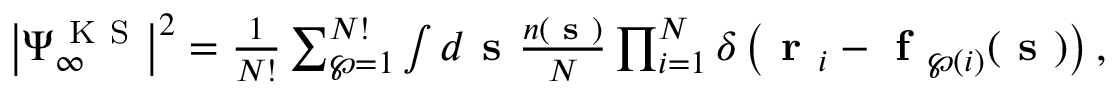
\begin{array} { r } { \big | \Psi _ { \infty } ^ { \mathrm { ~ K ~ S ~ } } \big | ^ { 2 } = \frac { 1 } { N ! } \sum _ { \wp = 1 } ^ { N ! } \int d \textbf { s } \frac { n ( \textbf { s } ) } { N } \prod _ { i = 1 } ^ { N } \delta \left( \textbf { r } _ { i } - \textbf { f } _ { \wp ( i ) } ( \textbf { s } ) \right) , } \end{array}